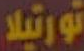
تورتيلا